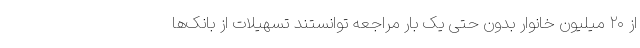
از ۲۰ میلیون خانوار بدون حتی یک بار مراجعه توانستند تسهیلات از بانک‌ها